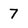
Character: 7